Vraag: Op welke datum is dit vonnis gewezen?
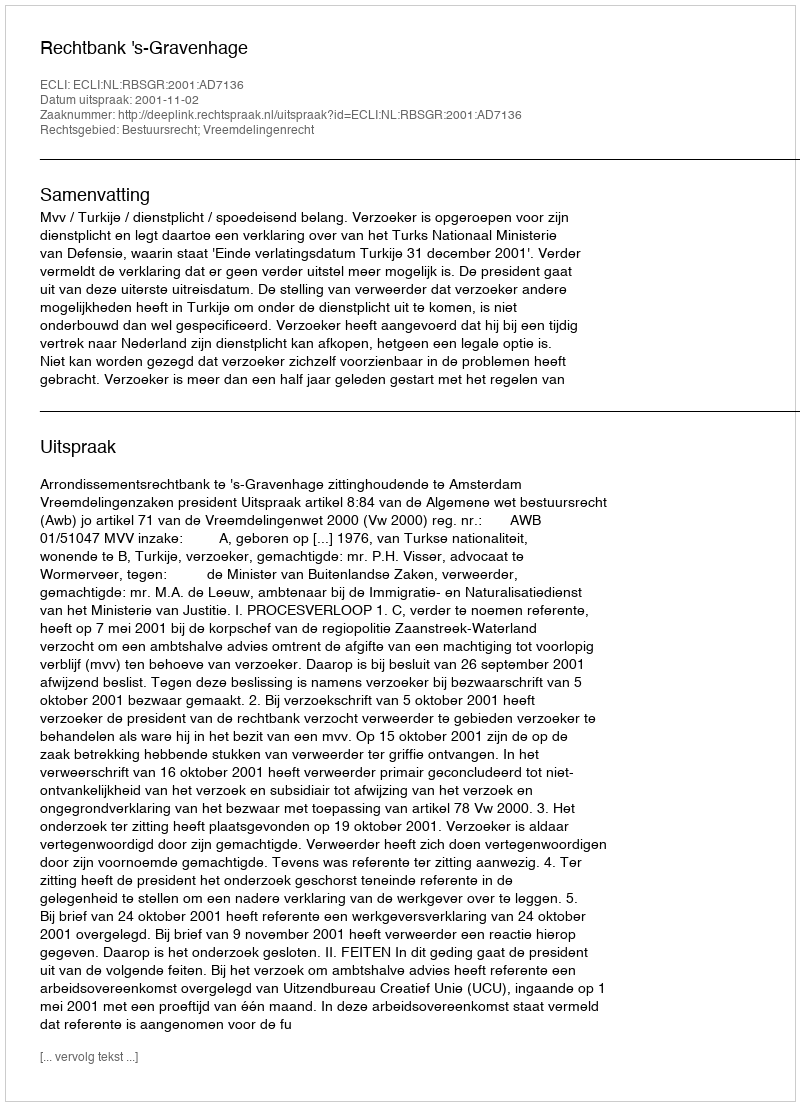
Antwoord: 2001-11-02